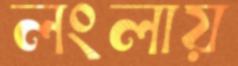
লংলায়